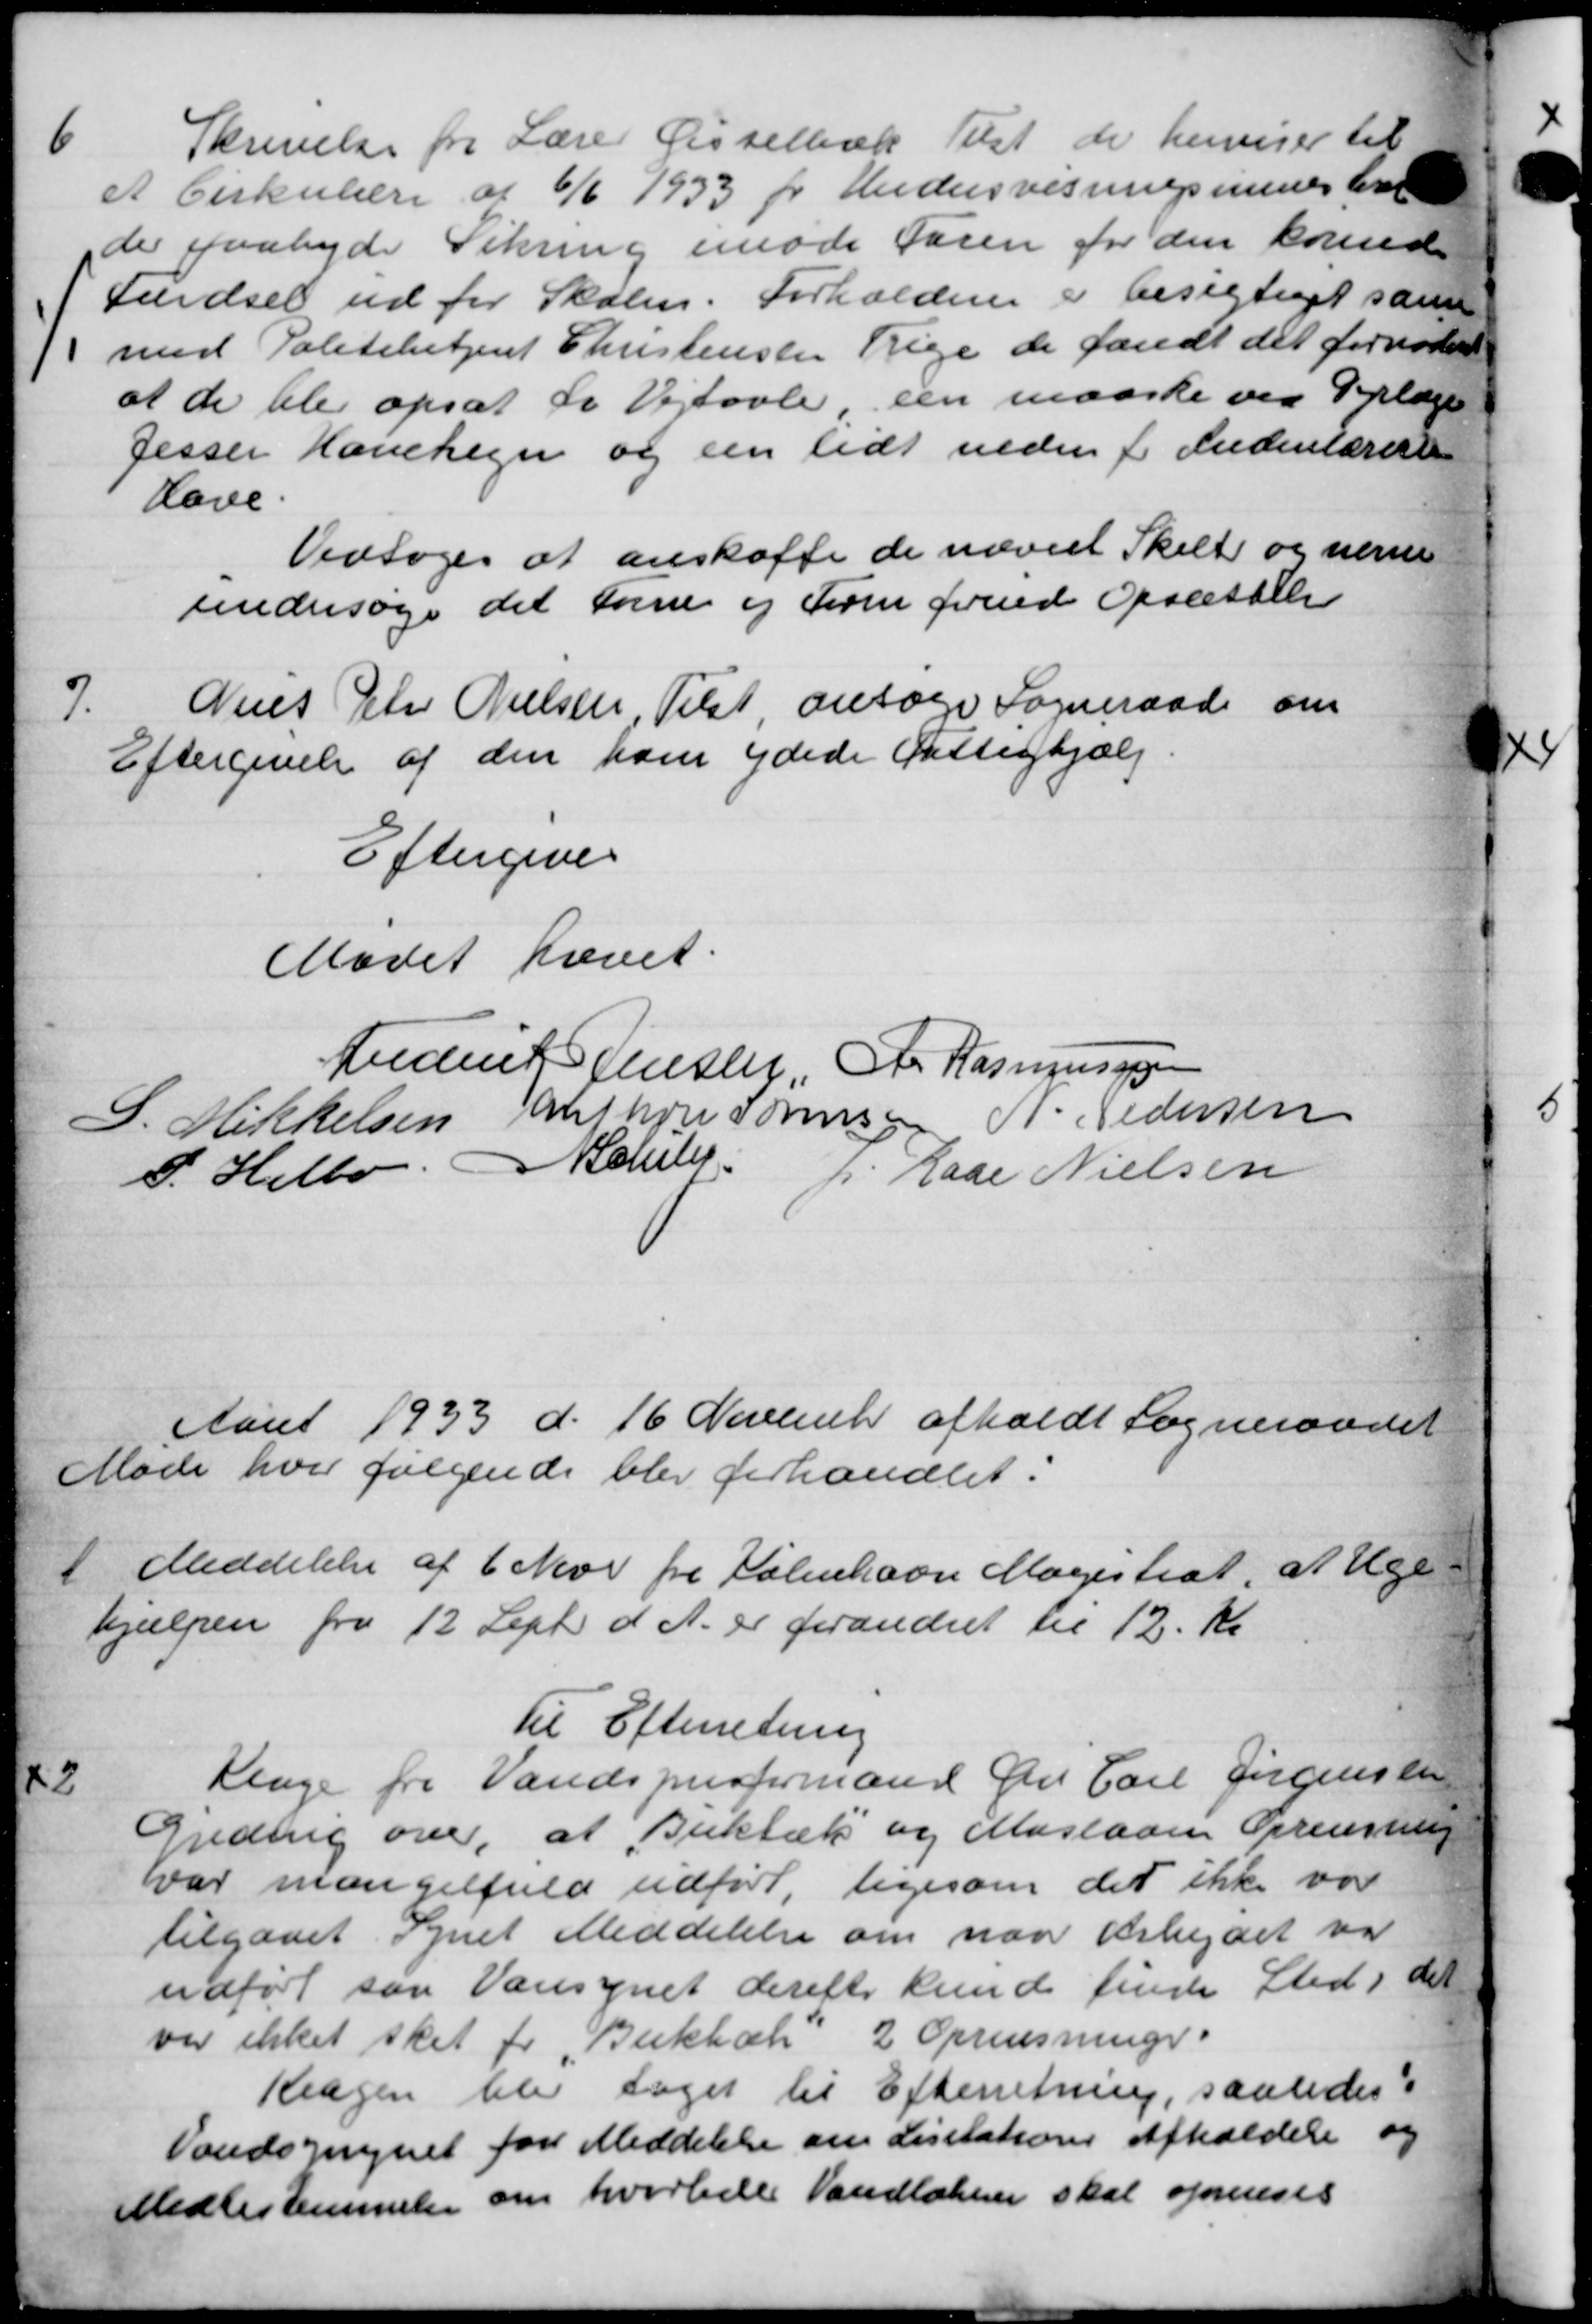
Transskription:
6
Skrivelse fra Lærer Gisselbæk Tilst de herviser til
et Cirkulære af 6/6 1933 pr Undersvisningsministerie
de paabyde Sikring imøde Faren for den borind
Færdsel ud for Skolen. Forholdene i besigtiget samt
med Politibetjent Christensen Trige de fandt det fornødent
at de ble opsat da Vejtavle een maaske ved Orlægers
Jesser Hanehegn og een lidt neden f. Indenlærer
Have.
Vedtoges at anskaffe de nævnt Skilt og nærme
undersøge det forne og Form formed Opsættelse
7
Niels Peter Nielsen, Tilst ansøge Sogneraad om
Eftergivelse af den ham ydede Fattighjælp.
Eftergives
Mødet hævet
Anders Jensen, A. Rasmussen
S. Mikkelsen Elfhore Sørensen N. Pedersen
P. Helbo Schler
p Rade Nielsen
Aaret 1933 d. 16 November afholdt Sogneraadet
Møde hvor følgende blev forhandlet.
1
Meddelelse af 6 Neve fra København Magistrat, at Uge-
hjælpen fra 12 Septr d. A. er forandret til 12 Kr
Til Efterretning
2
Klage fra Vandsprisformand Gdr Carl Jørgenseen
Gredering over, at Buktæk og Maslaan Oprensning
var mangelfuld udført, ligesom det ikke var
tilgaaet Synet Meddelelse om naar Arbejdet var
udført saa Vansynet derefter kunde finde Sted i det
var ikket sket for Bukbæk" 2 Oprensninger
Klagen blev taget til Efterretning, saaledes
Vandsynget for Meddelelse om Lisitations Afholdelse og
Midlestemmelse om hvorville Vandløbner skal oprenses